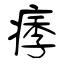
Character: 痵